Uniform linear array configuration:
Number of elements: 4
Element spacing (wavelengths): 0.75
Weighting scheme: exponential
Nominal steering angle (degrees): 0
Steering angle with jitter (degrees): -0.1217
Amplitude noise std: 0.05
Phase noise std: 0.05

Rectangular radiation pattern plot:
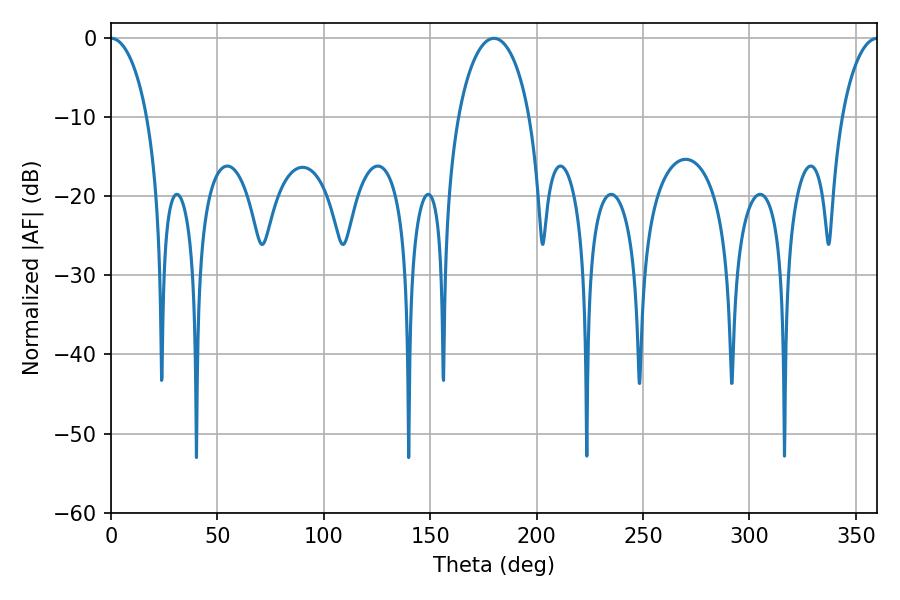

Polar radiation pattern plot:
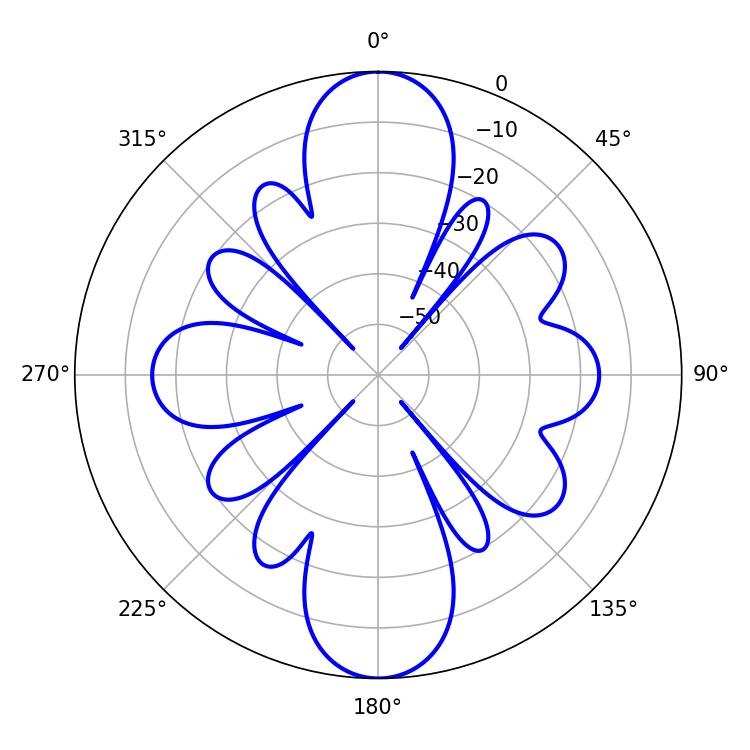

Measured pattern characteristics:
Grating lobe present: TRUE
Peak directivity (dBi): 28.034
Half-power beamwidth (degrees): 9.72
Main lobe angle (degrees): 0